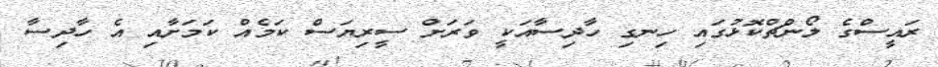
ރައީސްގެ ލޯންޗްކޮޅުގައި ހިނގި ހާދިސާއަކީ ވަރަށް ސީރިޔަސް ކަމެއް ކަމަށާއި އެ ހާދިސާ